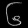
Digit: ၆